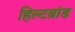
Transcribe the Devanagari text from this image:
हिल्टब्रांड